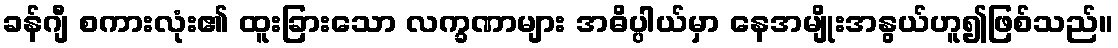
ခန်ဂျီ စကားလုံး၏ ထူးခြားသော လက္ခဏာများ အဓိပ္ပါယ်မှာ နေအမျိုးအနွယ်ဟူ၍ဖြစ်သည်။